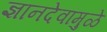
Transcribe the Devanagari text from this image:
ज्ञानदेवांमुळे